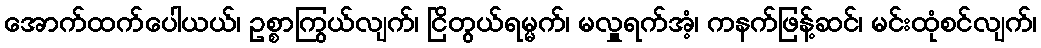
အောက်ထက်ပေါယယ်၊ ဥစ္စာကြွယ်လျက်၊ ငြိတွယ်ရမ္မက်၊ မလှူရက်အံ့၊ ကနက်ဖြန့်ဆင်၊ မင်းထုံစင်လျက်၊